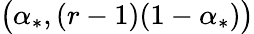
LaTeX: \big(\alpha_{*},(r-1)(1-\alpha_{*})\big)